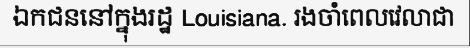
ឯកជននៅក្នុងរដ្ឋ Louisiana. រងចាំពេលវេលាជា